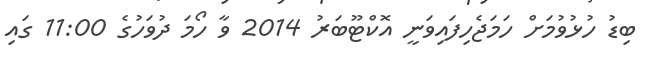
ބިޑު ހުޅުވުމަށް ހަމަޖެހިފައިވަނީ އޮކްޓޫބަރު 2014 ވާ ހޯމަ ދުވަހުގެ 11:00 ގައި